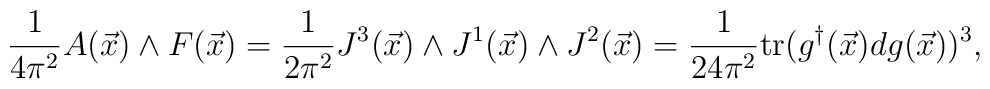
\frac{1}{4\pi^2}A(\vec x)\wedge F(\vec x)=\frac{1}{2\pi^2}J^3(\vec x)\wedge J^1(\vec x)\wedge J^2(\vec x)=\frac{1}{24\pi^2}{\rm tr}(g^\dagger(\vec x)dg(\vec x))^3,